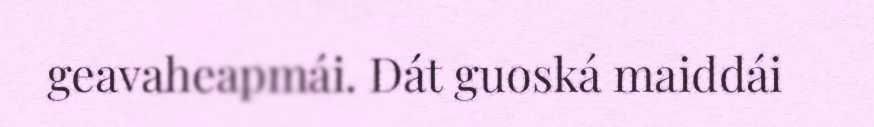
geavaheapmái. Dát guoská maiddái